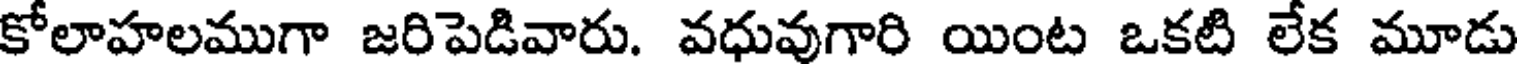
కోలాహలముగా జరిపెడివారు. వధువుగారి యింట ఒకటి లేక మూడు